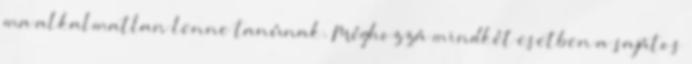
ma alkalmatlan lenne tanúnak. Méghozzá mindkét esetben a sajátos